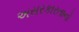
અસરકારતાનો